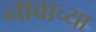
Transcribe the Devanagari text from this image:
नावाच्‍या